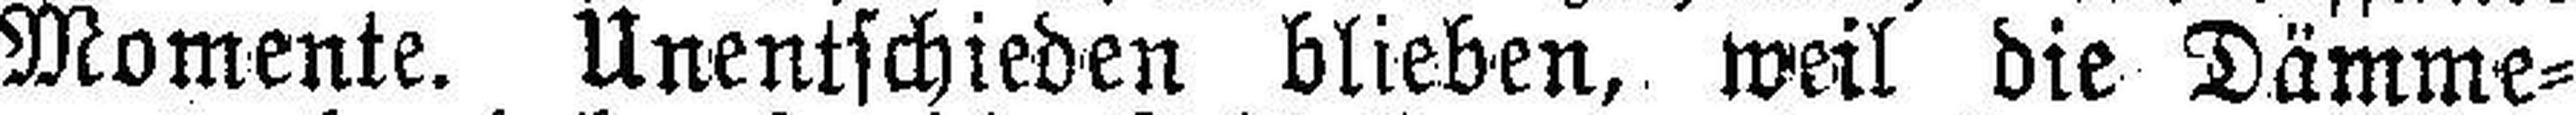
Momente. Unentschieden blieben, weil die Dämme¬